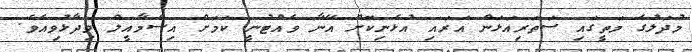
މުދަލުގެ މަތީގައި ސަތަރިއަޅަން އަރައި އުޅެނިކޮށް އޭނާ ވެއްޓުނީ ކަމަށް އިސްމާއީލް ވިދާޅުވިއެވެ.